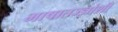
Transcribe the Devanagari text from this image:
भाषातज्ज्ञांशी